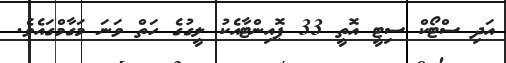
އަދި ސްޓޯކް ސިޓީ އޮތީ 33 ޕޮއިންޓާއެކު ލީގުގެ ހަތް ވަނަ މަގާމްގައެވެ.